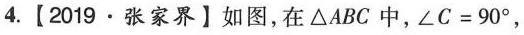
4.【2019·张家界】如图，在△ABC中，$$∠ C = 9 0 °$$，